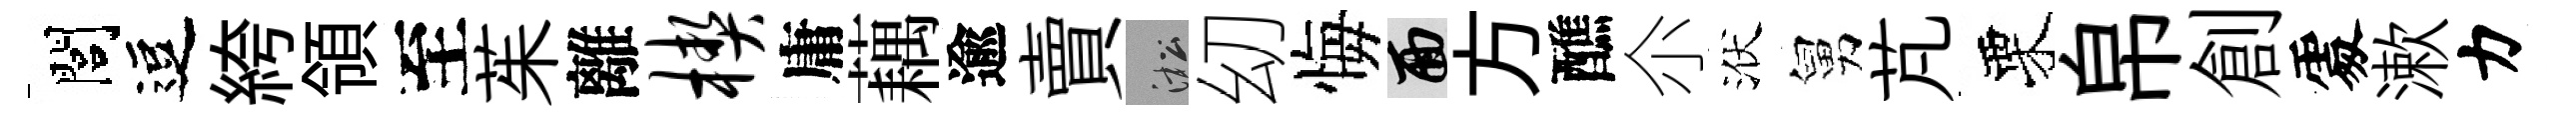
閭逗絝領至茱離楔庸藕逾賣淞㓜悔面方醮尒洑舅芃栗帛創𠁅漱力